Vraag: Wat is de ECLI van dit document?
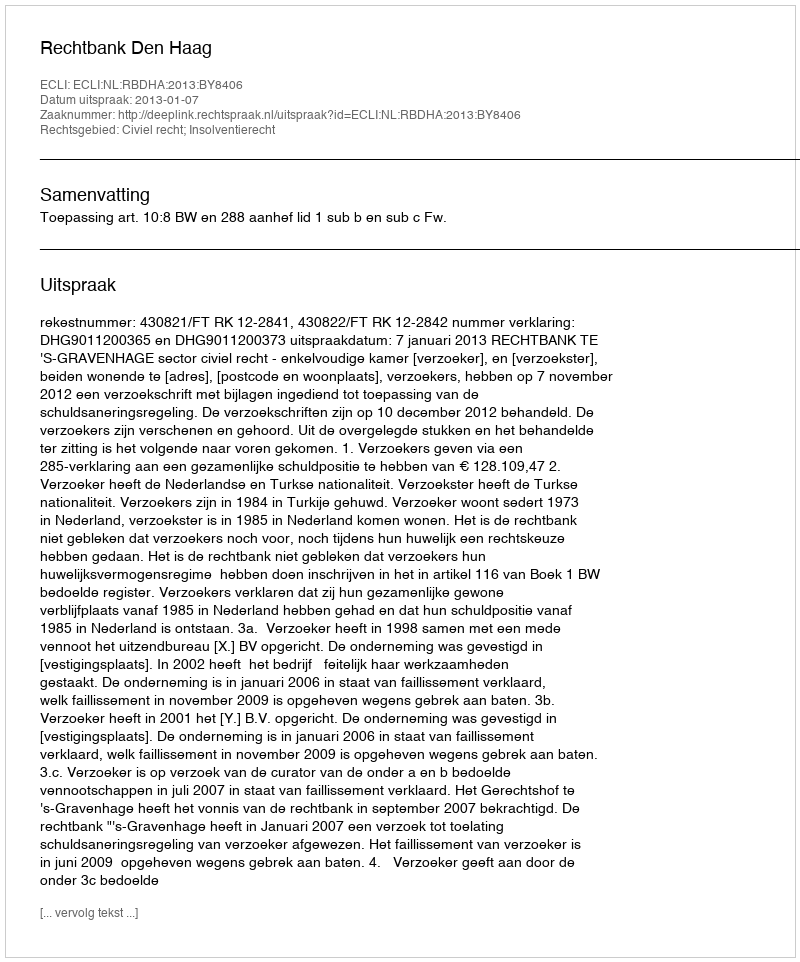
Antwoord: ECLI:NL:RBDHA:2013:BY8406